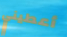
أعطيني